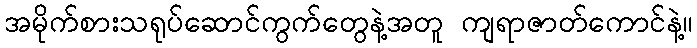
အမိုက်စားသရုပ်ဆောင်ကွက်တွေနဲ့အတူ ကျရာဇာတ်ကောင်နဲ့။